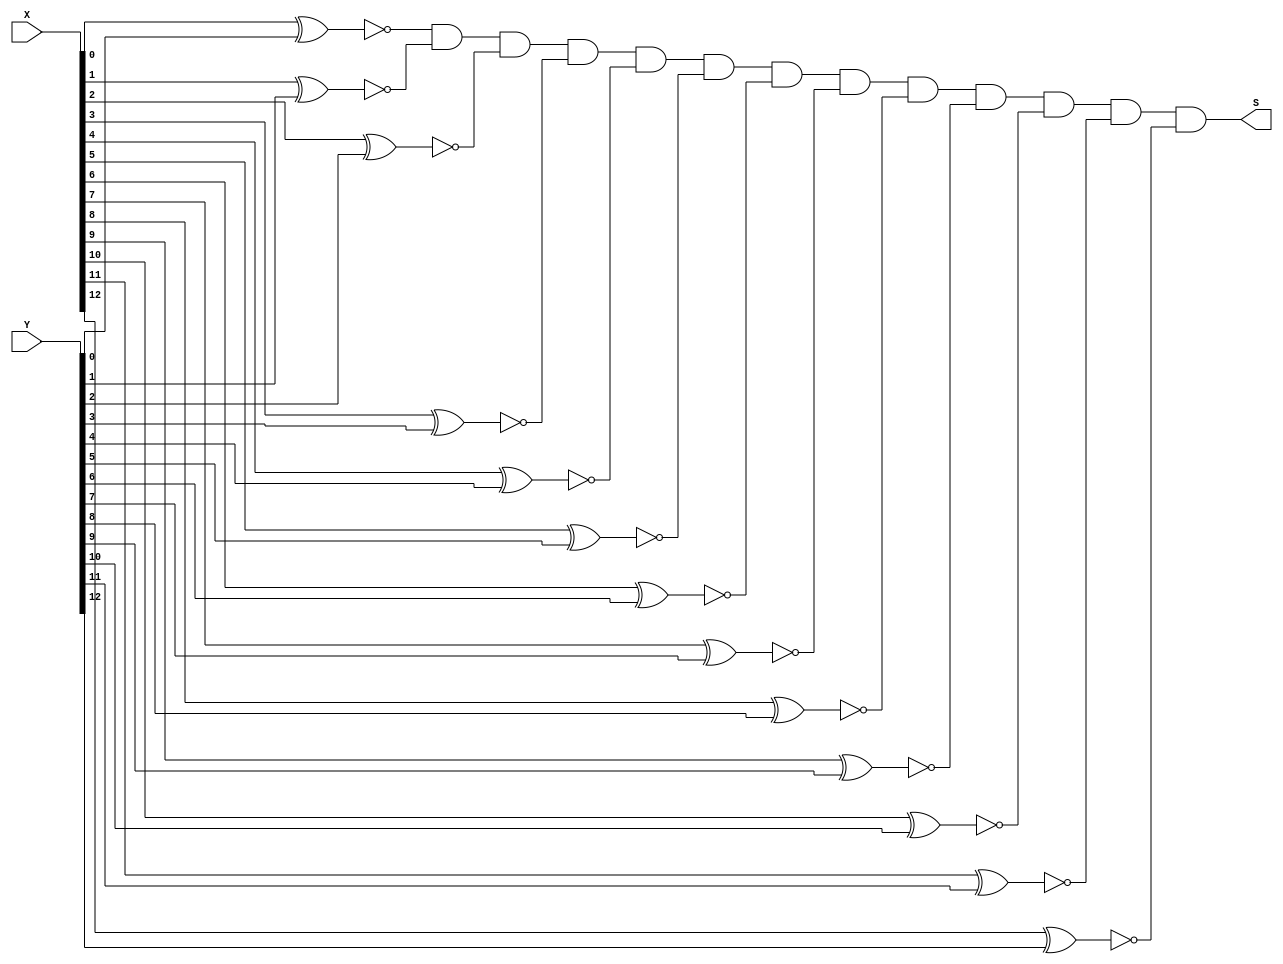
// This program was cloned from: https://github.com/ckugel/Reaction-Time-Game
// License: MIT License

`ifndef equals13bit
  `define equals13bit

module equals13bit(X, Y, S);
  input [12:0] X;
  input [12:0] Y;
  output S;

  assign R1 = ~(X[0] ^ Y[0]);
  assign R2 = ~(X[1] ^ Y[1]);
  assign R3 = ~(X[2] ^ Y[2]);
  assign R4 = ~(X[3] ^ Y[3]);
  assign R5 = ~(X[4] ^ Y[4]);
  assign R6 = ~(X[5] ^ Y[5]);
  assign R7 = ~(X[6] ^ Y[6]);
  assign R8 = ~(X[7] ^ Y[7]);
  assign R9 = ~(X[8] ^ Y[8]);
  assign R10 = ~(X[9] ^ Y[9]);
  assign R11 = ~(X[10] ^ Y[10]);
  assign R12 = ~(X[11] ^ Y[11]);
  assign R13 = ~(X[12] ^ Y[12]);

  assign S = R1 & R2 & R3 & R4 & R5 & R6 & R7 & R8 & R9 & R10 & R11 & R12 & R13;

endmodule

`endif